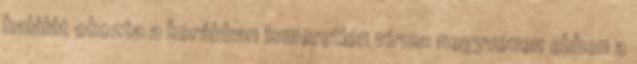
halálát okozta a korábban ismeretlen vírus: negyvenen ebben a